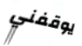
يوقفني